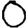
Digit: 0